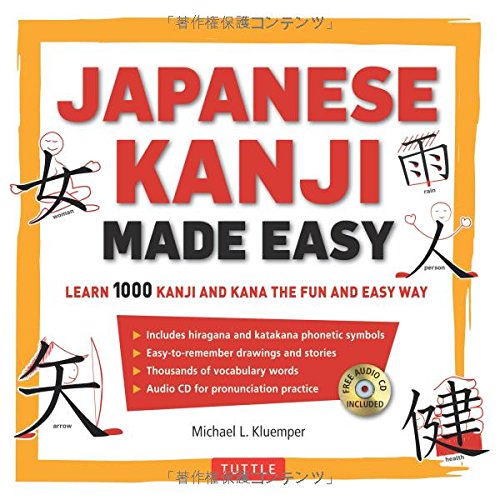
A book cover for Japanese Kanji Made Easy: Learn 1,000 Kanji and Kana the Fun and Easy Way (Includes Audio CD); Michael L. Kluemper; Reference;